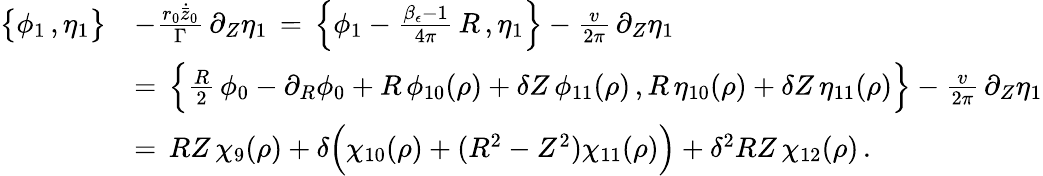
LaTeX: \begin{array}{rl}{\bigl\{ \phi_{1}\, ,\eta_{1}\bigr\} }&{-\frac{r_{0}\dot{\bar{z}}_{0}}{\Gamma}\, \partial_{Z}\eta_{1}\, =\, \Bigl\{ \phi_{1}-\frac{\beta_{\epsilon}-1}{4\pi}\, R\, ,\eta_{1}\Bigr\} -\frac{v}{2\pi}\, \partial_{Z}\eta_{1}}\\ {\, }&{=\, \Bigl\{ \frac{R}{2}\, \phi_{0}-\partial_{R}\phi_{0}+R\, \phi_{10}(\rho)+\delta Z\, \phi_{11}(\rho)\, ,R\, \eta_{10}(\rho)+\delta Z\, \eta_{11}(\rho)\Bigr\} -\frac{v}{2\pi}\, \partial_{Z}\eta_{1}}\\ {\, }&{=\, RZ\, \chi_{9}(\rho)+\delta\Bigl(\chi_{10}(\rho)+(R^{2}-Z^{2})\chi_{11}(\rho)\Bigr)+\delta^{2}RZ\, \chi_{12}(\rho)\, .}\end{array}